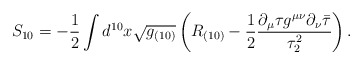
\begin{align*}S_{10}= -\frac 1 2\int d^{10}x \sqrt{g_{(10)}}\left( R_{(10)} -\frac 1 2 \frac {\partial_\mu\tau g^{\mu\nu}\partial_\nu{\bar \tau}}{\tau_2^2} \right).\end{align*}